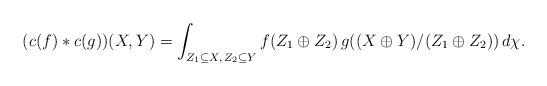
LaTeX: \begin{align*}(c(f)*c(g))(X,Y) = \int_{Z_1\subseteq X,\,Z_2\subseteq Y} f(Z_1\oplus Z_2)\, g((X\oplus Y)/(Z_1\oplus Z_2))\, d\chi. \end{align*}